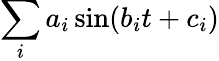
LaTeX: \sum_{i}a_{i}\sin(b_{i}t+c_{i})